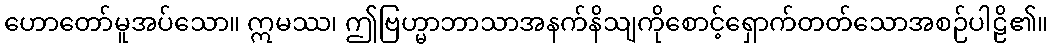
ဟောတော်မူအပ်သော။ ဣမဿ၊ ဤဗြဟ္မာဘာသာအနက်နိသျကိုစောင့်ရှောက်တတ်သောအစဉ်ပါဠိ၏။